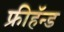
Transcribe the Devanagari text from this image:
फ्रीहॅन्ड